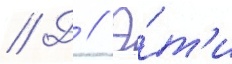
// Д // Э́т'и